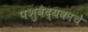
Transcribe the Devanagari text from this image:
पशुवैद्यकाचे